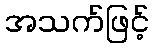
အသက်ဖြင့်